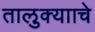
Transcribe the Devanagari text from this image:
तालुक्यााचे